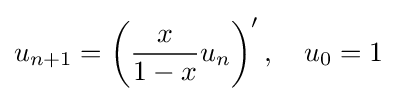
u_{n+1}=\left({\frac {x}{1-x}}u_{n}\right)^{\prime },\quad u_{0}=1